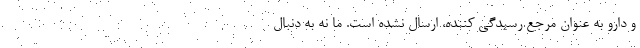
و دارو به عنوان مرجع رسیدگی کننده، ارسال نشده است. ما نه به دنبال